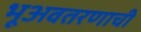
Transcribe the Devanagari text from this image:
भूअवतरणाची